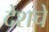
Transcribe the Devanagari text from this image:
देशचे